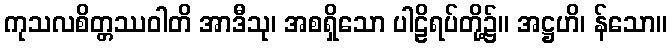
ကုသလစိတ္တဿဝါတိ အာဒီသု၊ အစရှိသော ပါဠိရပ်တို့၌။ အဋ္ဌဟိ၊ န်သော။